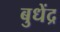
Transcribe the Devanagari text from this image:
बुधेंद्र